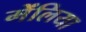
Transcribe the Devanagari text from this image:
मेंलिया